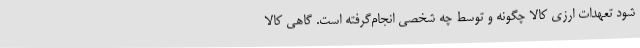
شود تعهدات ارزی کالا چگونه و توسط چه شخصی انجام‌گرفته است. گاهی کالا